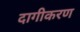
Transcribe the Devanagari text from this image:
दागीकरण